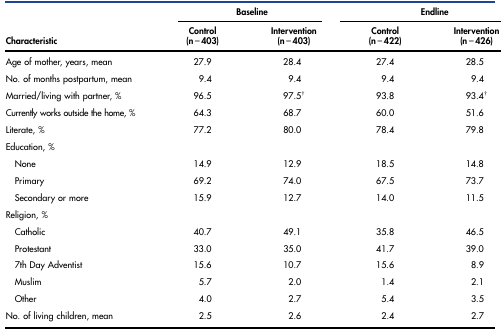
| <ROWSPAN=2> Characteristic | <COLSPAN=2> Baseline | <COLSPAN=2> Endline |
 | Control (n = 403) | Intervention (n = 403) | Control (n = 422) | Intervention (n = 426) |
 | --- | --- | --- | --- | --- |
 | Age of mother, years, mean | 27.9 | 28.4 | 27.4 | 28.5 |
 | No. of months postpartum, mean | 9.4 | 9.4 | 9.4 | 9.4 |
 | Married/living with partner, % | 96.5 | 97.5† | 93.8 | 93.4† |
 | Currently works outside the home, % | 64.3 | 68.7 | 60.0 | 51.6 |
 | Literate, % | 77.2 | 80.0 | 78.4 | 79.8 |
 | Education, % |  |  |  |  |
 | None | 14.9 | 12.9 | 18.5 | 14.8 |
 | Primary | 69.2 | 74.0 | 67.5 | 73.7 |
 | Secondary or more | 15.9 | 12.7 | 14.0 | 11.5 |
 | Religion, % |  |  |  |  |
 | Catholic | 40.7 | 49.1 | 35.8 | 46.5 |
 | Protestant | 33.0 | 35.0 | 41.7 | 39.0 |
 | 7th Day Adventist | 15.6 | 10.7 | 15.6 | 8.9 |
 | Muslim | 5.7 | 2.0 | 1.4 | 2.1 |
 | Other | 4.0 | 2.7 | 5.4 | 3.5 |
 | No. of living children, mean | 2.5 | 2.6 | 2.4 | 2.7 |